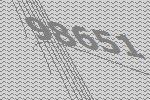
98651